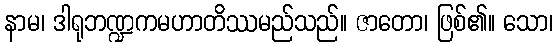
နာမ၊ ဒါရုဘဏ္ဍကမဟာတိဿမည်သည်။ ဇာတော၊ ဖြစ်၏။ သော၊